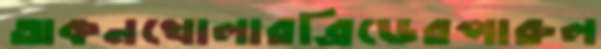
অকনখোলারব্রিডেরপারুল